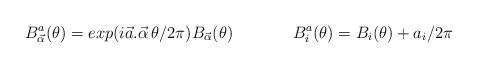
LaTeX: \begin{align*}B^a_{\vec {\alpha}}(\theta) = exp ( i \vec{a}. \vec{\alpha}\, \theta/2\pi)B_{\vec {\alpha}} (\theta) \hspace{.6in}B^a_i (\theta)= B_i(\theta) + a_i/2 \pi\end{align*}